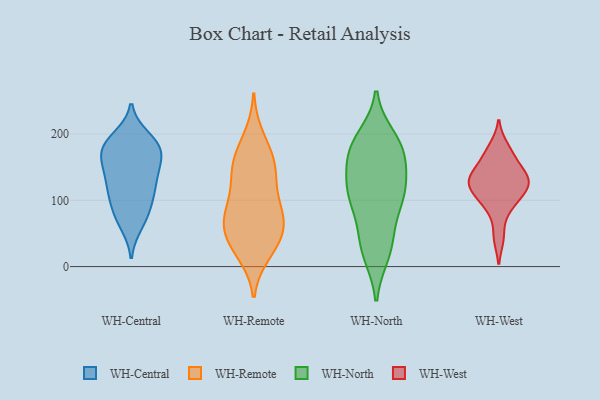
{"axis": {"x": "Humidity (%)", "y": "Value"}, "legend": ["WH-Central", "WH-North", "WH-Remote", "WH-West"], "data": [{"x": "", "y": 189, "type": "WH-Central"}, {"x": "", "y": 99, "type": "WH-Central"}, {"x": "", "y": 173, "type": "WH-Central"}, {"x": "", "y": 125, "type": "WH-Central"}, {"x": "", "y": 126, "type": "WH-Central"}, {"x": "", "y": 146, "type": "WH-Central"}, {"x": "", "y": 107, "type": "WH-Central"}, {"x": "", "y": 151, "type": "WH-Central"}, {"x": "", "y": 170, "type": "WH-Central"}, {"x": "", "y": 181, "type": "WH-Central"}, {"x": "", "y": 178, "type": "WH-Central"}, {"x": "", "y": 159, "type": "WH-Central"}, {"x": "", "y": 100, "type": "WH-Central"}, {"x": "", "y": 195, "type": "WH-Central"}, {"x": "", "y": 186, "type": "WH-Central"}, {"x": "", "y": 63, "type": "WH-Central"}, {"x": "", "y": 70, "type": "WH-Central"}, {"x": "", "y": 78, "type": "WH-Central"}, {"x": "", "y": 131, "type": "WH-Central"}, {"x": "", "y": 154, "type": "WH-Remote"}, {"x": "", "y": 28, "type": "WH-Remote"}, {"x": "", "y": 72, "type": "WH-Remote"}, {"x": "", "y": 74, "type": "WH-Remote"}, {"x": "", "y": 195, "type": "WH-Remote"}, {"x": "", "y": 21, "type": "WH-Remote"}, {"x": "", "y": 171, "type": "WH-Remote"}, {"x": "", "y": 73, "type": "WH-Remote"}, {"x": "", "y": 147, "type": "WH-Remote"}, {"x": "", "y": 87, "type": "WH-Remote"}, {"x": "", "y": 38, "type": "WH-Remote"}, {"x": "", "y": 100, "type": "WH-Remote"}, {"x": "", "y": 148, "type": "WH-Remote"}, {"x": "", "y": 44, "type": "WH-Remote"}, {"x": "", "y": 130, "type": "WH-Remote"}, {"x": "", "y": 59, "type": "WH-Remote"}, {"x": "", "y": 155, "type": "WH-North"}, {"x": "", "y": 109, "type": "WH-North"}, {"x": "", "y": 113, "type": "WH-North"}, {"x": "", "y": 116, "type": "WH-North"}, {"x": "", "y": 174, "type": "WH-North"}, {"x": "", "y": 49, "type": "WH-North"}, {"x": "", "y": 40, "type": "WH-North"}, {"x": "", "y": 181, "type": "WH-North"}, {"x": "", "y": 194, "type": "WH-North"}, {"x": "", "y": 19, "type": "WH-North"}, {"x": "", "y": 177, "type": "WH-North"}, {"x": "", "y": 149, "type": "WH-North"}, {"x": "", "y": 92, "type": "WH-North"}, {"x": "", "y": 21, "type": "WH-North"}, {"x": "", "y": 118, "type": "WH-North"}, {"x": "", "y": 100, "type": "WH-North"}, {"x": "", "y": 185, "type": "WH-North"}, {"x": "", "y": 115, "type": "WH-West"}, {"x": "", "y": 131, "type": "WH-West"}, {"x": "", "y": 44, "type": "WH-West"}, {"x": "", "y": 143, "type": "WH-West"}, {"x": "", "y": 89, "type": "WH-West"}, {"x": "", "y": 167, "type": "WH-West"}, {"x": "", "y": 96, "type": "WH-West"}, {"x": "", "y": 181, "type": "WH-West"}, {"x": "", "y": 151, "type": "WH-West"}, {"x": "", "y": 125, "type": "WH-West"}, {"x": "", "y": 128, "type": "WH-West"}, {"x": "", "y": 120, "type": "WH-West"}]}